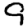
Digit: 9